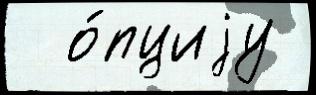
  о́пциjу